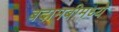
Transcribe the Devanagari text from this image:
बदामबीमध्ये